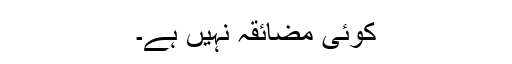
کوئی مضائقہ نہیں ہے۔